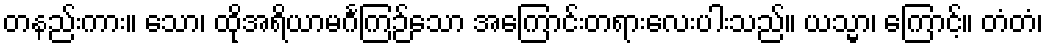
တနည်းကား။ သော၊ ထိုအရိယာမင်္ဂကြဉ်သော အကြောင်းတရားလေးပါးသည်။ ယသ္မာ၊ ကြောင့်။ တံတံ၊